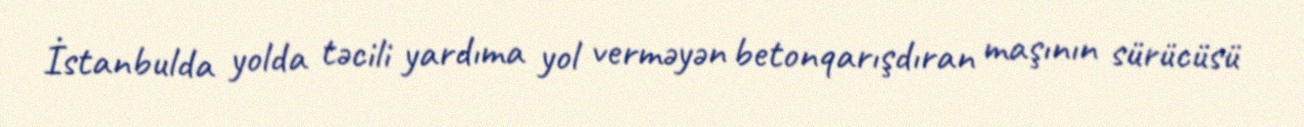
İstanbulda yolda təcili yardıma yol verməyən betonqarışdıran maşının sürücüsü